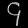
Digit: ၄